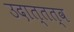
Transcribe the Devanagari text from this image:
उदात्तत्व